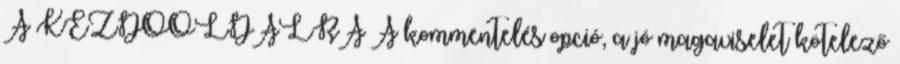
A KEZDŐOLDALRA A kommentelés opció, a jó magaviselet kötelező